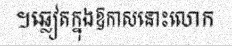
។ឆ្លៀតក្នុងឱកាសនោះលោក